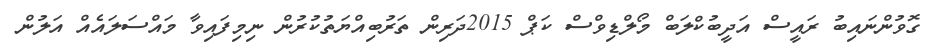
ގޮވުންނައިބު ރައީސް އަދީބުކްލަބް މޯލްޑިވްސް ކަޕް 2015ދަރިން ތަރުބިއްޔަތުކުރުން ނިމިފައިވާ މައްސަލައެއް އަލުން